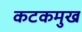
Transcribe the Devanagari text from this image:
कटकमुख